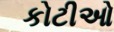
કોટીઓ